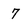
Character: 7